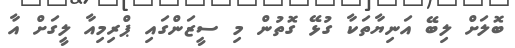
ބޮލަށް ލިބޭ އަނިޔާތަކާ ގުޅޭ ގޮތުން މި ސީޒަންގައި ޕްރިމިއާ ލީގަށް އާ